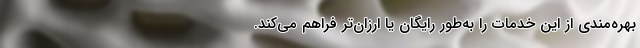
بهره‌مندی از این خدمات را به‌طور رایگان یا ارزان‌تر فراهم می‌کند.